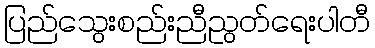
ပြည်သွေးစည်းညီညွတ်ရေးပါတီ